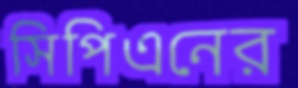
সিপিএনের